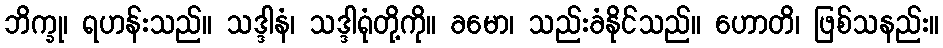
ဘိက္ခု၊ ရဟန်းသည်။ သဒ္ဒါနံ၊ သဒ္ဒါရုံတို့ကို။ ခမော၊ သည်းခံနိုင်သည်။ ဟောတိ၊ ဖြစ်သနည်း။